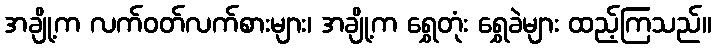
အချို့က လက်ဝတ်လက်စားများ၊ အချို့က ရွှေတုံး ရွှေခဲများ ထည့်ကြသည်။